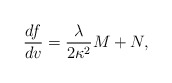
\begin{align*} \frac{df}{dv}=\frac{\lambda}{2\kappa^2}M+N,\end{align*}